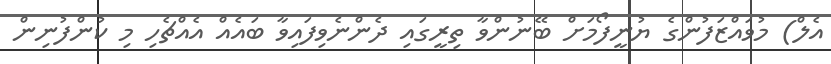
އެލް) މުވައްޒަފުންގެ ޔުނީފޯމަށް ބޭނުންވާ ތިރީގައި ދެންނެވިފައިވާ ބައެއް އެއްޗެހި މި ކުންފުނިން